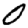
Digit: 0